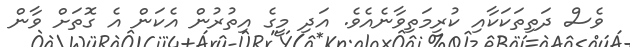
ވެސް ދަތިތަކަކާއި ކުރިމަތިވާނެއެވެ. އަދި މީގެ އިތުރުން އެކަން އެ ގޮތަށް ވާން